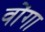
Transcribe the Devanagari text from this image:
वोंगा